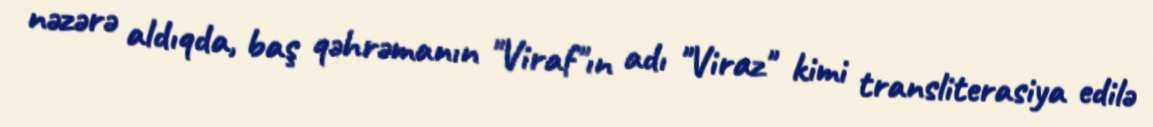
nəzərə aldıqda, baş qəhrəmanın "Viraf"ın adı "Viraz" kimi transliterasiya edilə